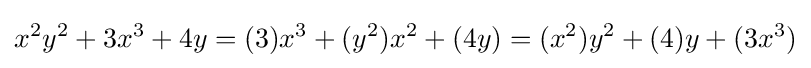
x^{2}y^{2}+3x^{3}+4y=(3)x^{3}+(y^{2})x^{2}+(4y)=(x^{2})y^{2}+(4)y+(3x^{3})